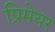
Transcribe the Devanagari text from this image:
प्रिमेयर